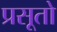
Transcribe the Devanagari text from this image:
प्रसूतो